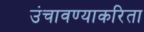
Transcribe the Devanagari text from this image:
उंचावण्याकरिता